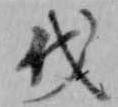
伐